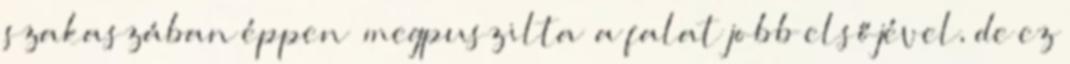
szakaszában éppen „megpuszilta” a falat jobb elsőjével, de ez